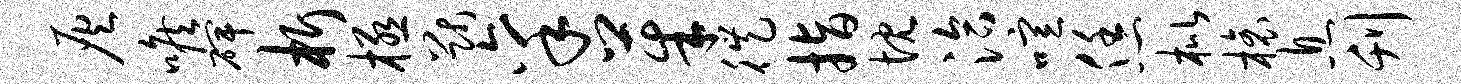
灰喉碑析极猷禀茱徙指忱洽喧恁枇榱息刊